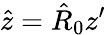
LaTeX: \hat{z}=\hat{R}_{0}z^{\prime}